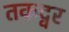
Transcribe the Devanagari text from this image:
तकद्वर